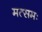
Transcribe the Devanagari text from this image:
मत्समः